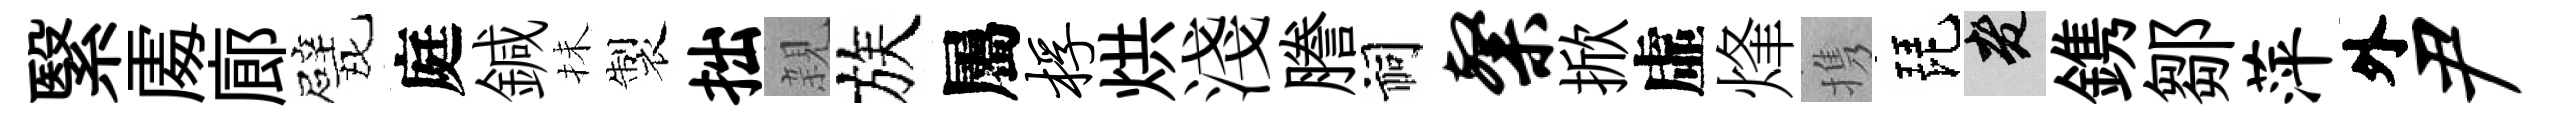
繄𠁅廊戏庭鍼抺製拙親族屬桴烘淺謄祠粲掀虛烽携琵老鎸鄒萍外尹